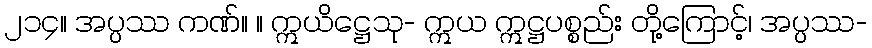
၂၁၄။ အပ္ပဿ ကဏ်။ ။ ဣယိဋ္ဌေသု- ဣယ ဣဋ္ဌပစ္စည်း တို့ကြောင့်၊ အပ္ပဿ-